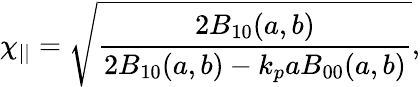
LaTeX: \chi_{||}=\sqrt{\frac{2B_{10}(a,b)}{2B_{10}(a,b)-k_{p}aB_{00}(a,b)}},